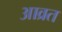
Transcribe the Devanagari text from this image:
आव्रत